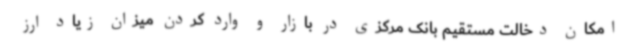
امکان دخالت مستقیم بانک مرکزی در بازار و وارد کردن میزان زیاد ارز